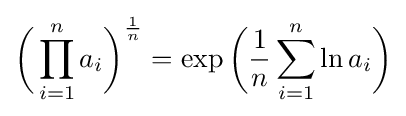
{\biggl (}\prod _{i=1}^{n}a_{i}{\biggr )}^{\frac {1}{n}}=\exp {\biggl (}{\frac {1}{n}}\sum _{i=1}^{n}\ln a_{i}{\biggr )}